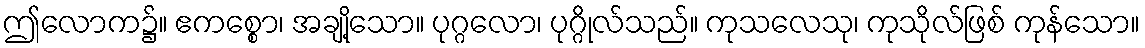
ဤလောက၌။ ဧကစ္စော၊ အချို့သော။ ပုဂ္ဂလော၊ ပုဂ္ဂိုလ်သည်။ ကုသလေသု၊ ကုသိုလ်ဖြစ် ကုန်သော။